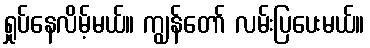
ရှုပ်နေလိမ့်မယ်။ ကျွန်တော် လမ်းပြပေးမယ်။